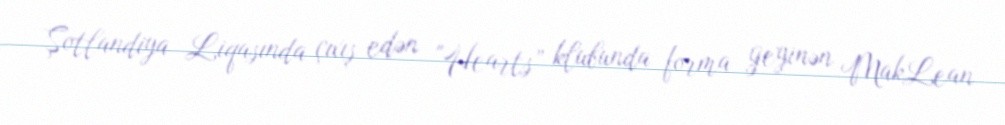
Şotlandiya Liqasında çıxış edən "Hearts” klubunda forma geyinən MakLean